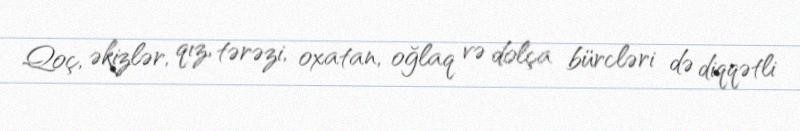
Qoç, əkizlər, qız, tərəzi, oxatan, oğlaq və dolça bürcləri də diqqətli